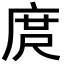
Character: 庹